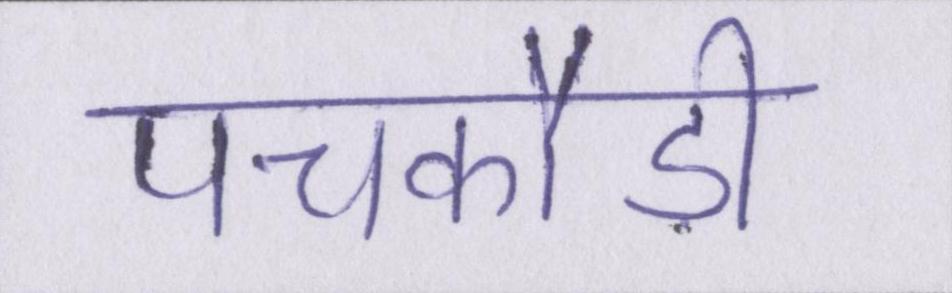
पचकौड़ी